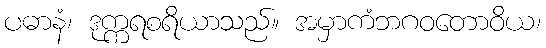
ပဓာနံ၊ ဒုက္ကရစရိယာသည်။ အမှာကံဘဂဝတောဝိယ၊